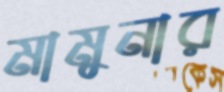
মামুনার